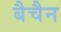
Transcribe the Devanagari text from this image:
बैचैन